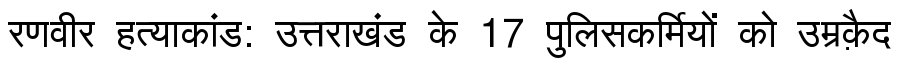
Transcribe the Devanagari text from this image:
रणवीर हत्याकांड: उत्तराखंड के 17 पुलिसकर्मियों को उम्रक़ैद